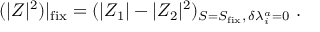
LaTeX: ( | Z | ^ { 2 } ) | _ { \mathrm { f i x } } = ( | Z _ { 1 } | - | Z _ { 2 } | ^ { 2 } ) _ { S = S _ { \mathrm { f i x } } , \, \delta \lambda _ { i } ^ { a } = 0 } \ .